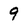
Character: 9